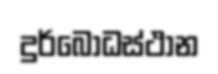
දුර්බෝධස්ථාන